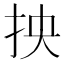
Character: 抰